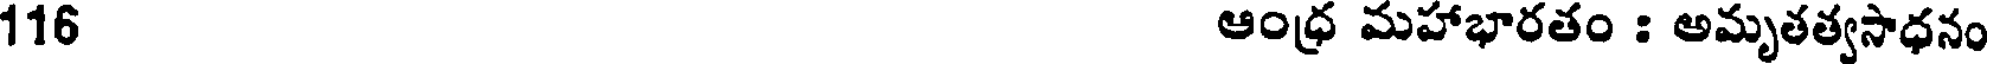
116 ఆంధ్ర మహాభారతం : అమృతత్వసాధనం